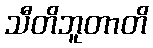
သီတိဘူတာတိ